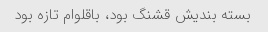
بسته بندیش قشنگ بود، باقلوام تازه بود